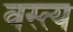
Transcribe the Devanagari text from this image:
वस्त्य